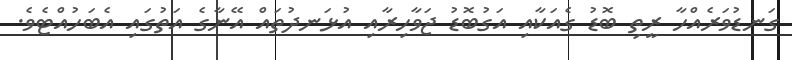
ގަނޑުވަރެއްހާ ރީތި ބޮޑު ގެއަކާއި އަގުބޮޑު ޖަވާހިރާއި އުޅަނދުތައް އޭނާގެ އަތުގައި އެބަހުއްޓެވެ.